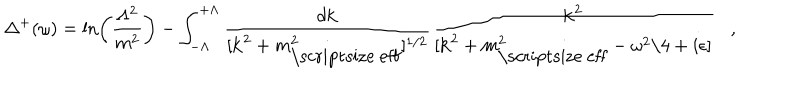
\Delta ^ { + } ( \omega ) = \ln \left( \frac { \Lambda ^ { 2 } } { m ^ { 2 } } \right) - \int _ { - \Lambda } ^ { + \Lambda } \frac { d { \bf k } } { [ { \bf k } ^ { 2 } + m _ { \mathrm { \scriptsize ~ e f f } } ^ { 2 } ] ^ { 1 / 2 } } \frac { { \bf k } ^ { 2 } } { [ { \bf k } ^ { 2 } + m _ { \mathrm { \scriptsize ~ e f f } } ^ { 2 } - \omega ^ { 2 } / 4 + i \epsilon ] } ,